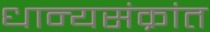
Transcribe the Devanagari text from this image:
धान्यसंक्रांत